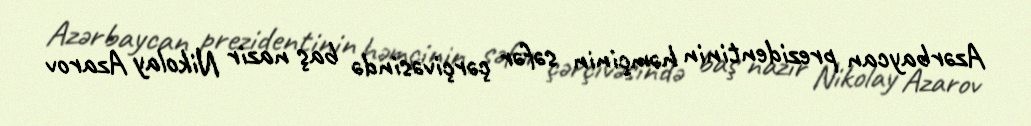
Azərbaycan prezidentinin həmçinin səfər çərçivəsində baş nazir Nikolay Azarov